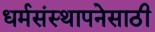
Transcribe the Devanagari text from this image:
धर्मसंस्थापनेसाठी